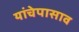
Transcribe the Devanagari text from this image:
यांचेपासाव